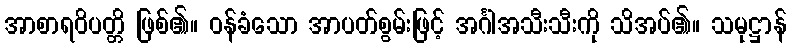
အာစာရဝိပတ္တိ ဖြစ်၏။ ဝန်ခံသော အာပတ်စွမ်းဖြင့် အင်္ဂါအသီးသီးကို သိအပ်၏။ သမုဋ္ဌာန်